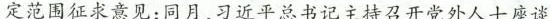
定范围征求意见；同月，习近平总书记主持召开党外人士座谈